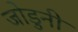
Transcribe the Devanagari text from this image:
जोडुनी